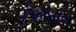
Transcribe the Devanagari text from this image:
३५६६४३